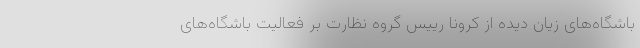
باشگاه‌های زیان دیده از کرونا رییس گروه نظارت بر فعالیت باشگاه‌های